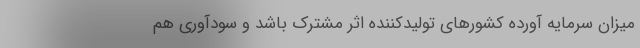
میزان سرمایه آورده کشورهای تولیدکننده اثر مشترک باشد و سودآوری هم